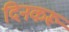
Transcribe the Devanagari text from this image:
दिनकरू